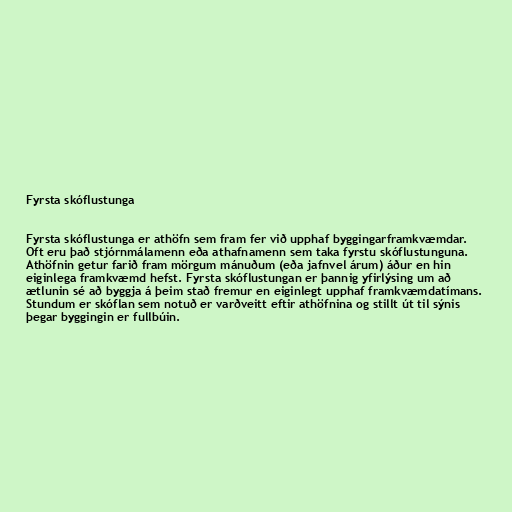
Fyrsta skóflustunga

Fyrsta skóflustunga er athöfn sem fram fer við upphaf byggingarframkvæmdar.
Oft eru það stjórnmálamenn eða athafnamenn sem taka fyrstu skóflustunguna.
Athöfnin getur farið fram mörgum mánuðum (eða jafnvel árum) áður en hin
eiginlega framkvæmd hefst. Fyrsta skóflustungan er þannig yfirlýsing um að
ætlunin sé að byggja á þeim stað fremur en eiginlegt upphaf framkvæmdatímans.
Stundum er skóflan sem notuð er varðveitt eftir athöfnina og stillt út til sýnis
þegar byggingin er fullbúin.